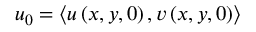
\boldsymbol { u } _ { 0 } = \left< u \left( x , y , 0 \right) , v \left( x , y , 0 \right) \right>